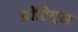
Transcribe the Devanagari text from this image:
प्रोटिएस